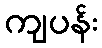
ကျပန်း